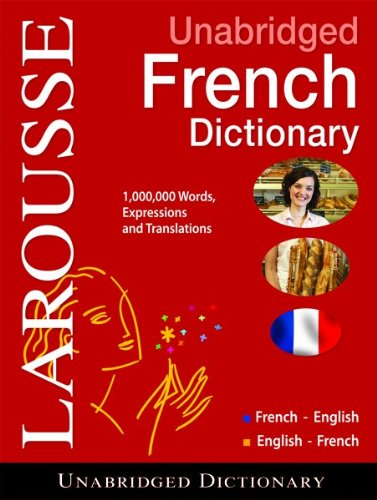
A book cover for Larousse UNABRIDGED FRENCH/ENGLISH-- English/French Dictionary (French and English Edition); Larousse; Reference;